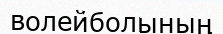
волейболының